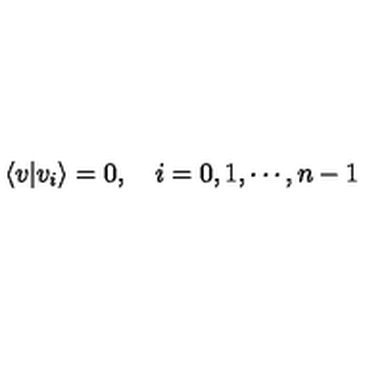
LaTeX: \langle v | v _ { i } \rangle = 0 , \quad i = 0 , 1 , \cdots , n - 1